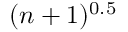
( n + 1 ) ^ { 0 . 5 }